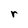
Character: r